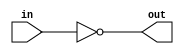
module notGate(in,out);
	input wire in;
	output wire out;
	assign out = !in;
endmodule